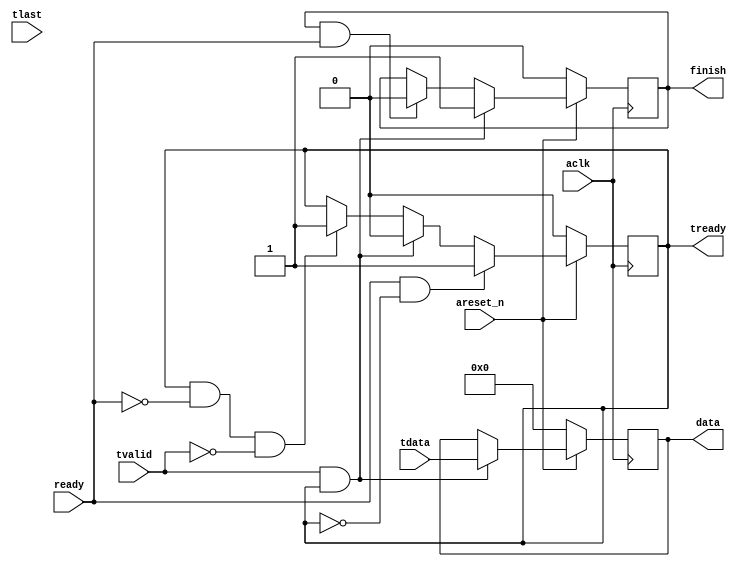
// Simple AXI-Stream Slave
// Receives data from the axis_master, it receives just 1 data and enables the finish
// When input ready goes high, than starts receiving the data.


`timescale 1us/1us

module axis_s (
			  input areset_n, aclk, 
			  output reg [31:0] data, 
			  input ready,
			  
			  output reg tready, 
              input  tvalid,
			  input tlast, 
			  input [31:0] tdata,
			 
			  output reg finish
			);

// handshake happened between master and slave
wire handshake;	
assign handshake = tvalid & tready;
			
// tready
always @ (posedge aclk)
	if ( ~areset_n)
		tready <= 1'b0;
	else
		if (ready && ~tready) // first time ready comes
			tready <= 1'b1;
		else
			if (handshake) // handshake happened, ready goes low
				tready <= 1'b0;
			else
				if ( tready && ~ready && ~tvalid ) // for some reason ready goes low, when no handshake happened
					tready <= 1'b1;
				else
					tready <= tready;

// data
always @ (posedge aclk)
	if ( ~areset_n)
		data <= 1'b0;
	else if (handshake)
			data <= tdata;
		else
			data <= data;
			
			
always @ (posedge aclk)
	if ( ~areset_n)
		finish <= 0;
	else if (handshake)
			finish <= 1'b1;
		else
			if (finish == 1 && ready )
				finish <= 0;
			else
				finish <= finish;		

endmodule